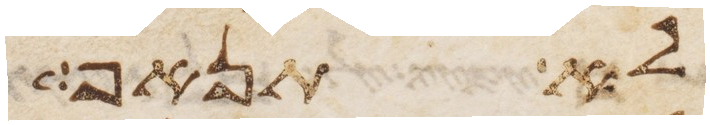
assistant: לא תנאף